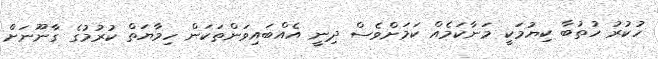
ހުކުރު ހުތުބާ ކިޔުމަކީ މަނާކަމެއް ކަމަށްވެސް ދިނީ އެއްބައިވަންތަކަން ހިމާޔަތް ކުރުމުގެ ގާނޫނަށް